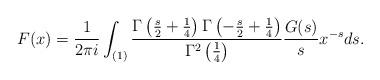
LaTeX: \begin{align*}F(x) &= \frac{1}{2\pi i} \int_{(1)} \frac{\Gamma\left( \frac{s}{2} + \frac{1}{4}\right)\Gamma\left(- \frac{s}{2} + \frac{1}{4}\right)}{\Gamma^2\left(\frac{1}{4}\right)} \frac{G(s)}{s} x^{-s}ds.\end{align*}